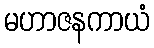
မဟာဇနကာယံ